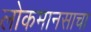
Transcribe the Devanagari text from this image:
लोकमानसाचा